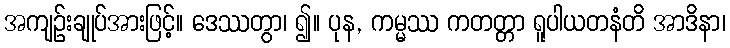
အကျဉ်းချုပ်အားဖြင့်။ ဒေဿတွာ၊ ၍။ ပုန, ကမ္မဿ ကတတ္တာ ရူပါယတနံတိ အာဒိနာ၊